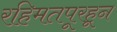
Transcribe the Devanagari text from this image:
रहिमतपूरहून